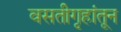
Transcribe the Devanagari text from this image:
वसतीगृहांतून